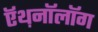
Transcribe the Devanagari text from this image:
ऍथ़नॉलॉग